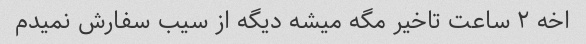
اخه ۲ ساعت تاخیر مگه میشه دیگه از سیب سفارش نمیدم